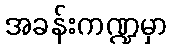
အခန်းကဏ္ဍမှာ